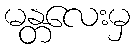
မန္တလေးမှ